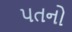
પતનો